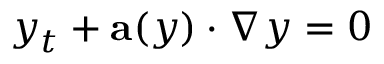
y _ { t } + \mathbf { a } ( y ) \cdot \nabla y = 0